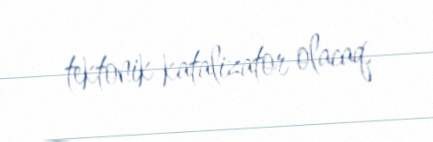
tektonik katalizator olacaq.